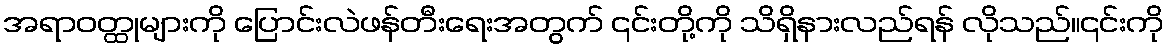
အရာဝတ္ထုများကို ပြောင်းလဲဖန်တီးရေးအတွက် ၎င်းတို့ကို သိရှိနားလည်ရန် လိုသည်။၎င်းကို